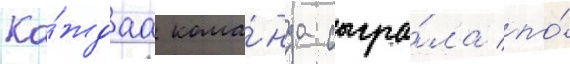
Ка́ждаа кома́нда сыгра́ла по́